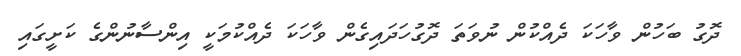
ދޮގު ބަހުން ވާހަކަ ދެއްކުން ނުވަތަ ދޮގުހަދައިގެން ވާހަކަ ދެއްކުމަކީ އިންސާނުންގެ ކަށީގައި